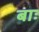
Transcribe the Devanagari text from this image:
बाः